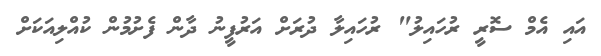
އައި އެމް ސޮރީ ރުހައިލު" ރުހައިލާ ދުރަށް އަރުފީނު ދާން ފެށުމުން ކުއްލިއަކަށް